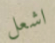
اشعل